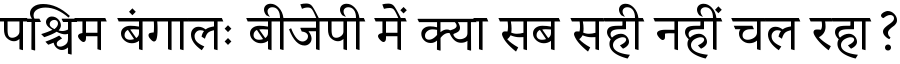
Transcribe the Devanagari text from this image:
पश्चिम बंगालः बीजेपी में क्या सब सही नहीं चल रहा?